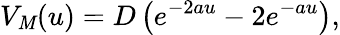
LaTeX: V_{\mathit{M}}(u)=D\left(e^{-2au}-2e^{-au}\right),